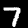
Label: 7